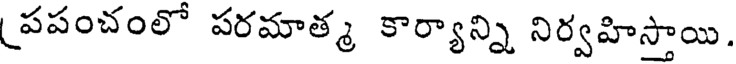
పపంచంలో పరమాత్మ కార్యాన్ని నిర్వహిస్తాయి.